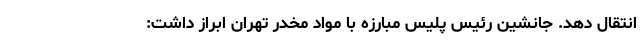
انتقال دهد. جانشین رئیس پلیس مبارزه با مواد مخدر تهران ابراز داشت: